King Institute of Preventive Medicine Micro-Biological Section reports 1912-19
Year: 1912
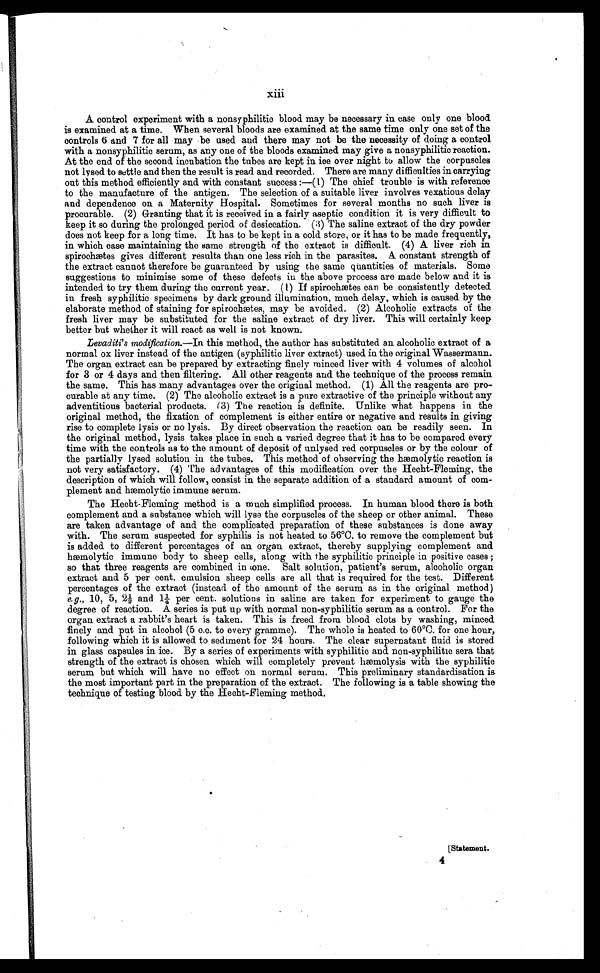
xiii
A control experiment with a nonsyphilitic blood may be necessary in case only one blood
is examined at a time. When several bloods are examined at the same time only one set of the
controls 6 and 7 for all may be used and there may not be the necessity of doing a control
with a nonsyphilitic serum, as any one of the bloods examined may give a nonsyphilitic reaction.
At the end of the second incubation the tubes are kept in ice over night to allow the corpuscles
not lysed to settle and then the result is read and recorded. There are many difficulties in carrying
out this method efficiently and with constant success:—(1) The chief trouble is with reference
to the manufacture of the antigen. The selection of a suitable liver involves vexatious delay
and dependence on a Maternity Hospital. Sometimes for several months no such liver is
procurable. (2) Granting that it is received in a fairly aseptic condition it is very difficult to
keep it so during the prolonged period of desiccation. (3) The saline extract of the dry powder
does not keep for a long time. It has to be kept in a cold store, or it has to be made frequently,
in which case maintaining the same strength of the extract is difficult. (4) A liver rich in
spirochætes gives different results than one less rich in the parasites. A constant strength of
the extract cannot therefore be guaranteed by using the same quantities of materials. Some
suggestions to minimise some of these defects in the above process are made below and it is
intended to try them during the current year. (1) If spirochætes can be consistently detected
in fresh syphilitic specimens by dark ground illumination, much delay, which is caused by the
elaborate method of staining for spirochætes, may be avoided. (2) Alcoholic extracts of the
fresh liver may be substituted for the saline extract of dry liver. This will certainly keep
better but whether it will react as well is not known.
Levaditi's modification.—In this method, the author has substituted an alcoholic extract of a
normal ox liver instead of the antigen (syphilitic liver extract) used in the original Wassermann.
The organ extract can be prepared by extracting finely minced liver with 4 volumes of alcohol
for 3 or 4 days and then filtering. All other reagents and the technique of the process remain
the same. This has many advantages over the original method. (1) All the reagents are pro-
curable at any time. (2) The alcoholic extract is a pure extractive of the principle without any
adventitious bacterial products. (3) The reaction is definite. Unlike what happens in the
original method, the fixation of complement is either entire or negative and results in giving
rise to complete lysis or no lysis. By direct observation the reaction can be readily seen. In
the original method, lysis takes place in such a varied degree that it has to be compared every
time with the controls as to the amount of deposit of unlysed red corpuscles or by the colour of
the partially lysed solution in the tubes. This method of observing the hæmolytic reaction is
not very satisfactory. (4) The advantages of this modification over the Hecht-Fleming, the
description of which will follow, consist in the separate addition of a standard amount of com-
plement and hæmolytic immune serum.
The Hecht-Fleming method is a much simplified process. In human blood there is both
complement and a substance which will lyse the corpuscles of the sheep or other animal. These
are taken advantage of and the complicated preparation of these substances is done away
with. The serum suspected for syphilis is not heated to 56°C. to remove the complement but
is added to different percentages of an organ extract, thereby supplying complement and
hæmolytic immune body to sheep cells, along with the syphilitic principle in positive cases;
so that three reagents are combined in one. Salt solution, patient's serum, alcoholic organ
extract and 5 per cent. emulsion sheep cells are all that is required for the test. Different
percentages of the extract (instead of the amount of the serum as in the original method)
e.g. , 10, 5, 2½ and 1¼ per cent. solutions in saline are taken for experiment to gauge the
degree of reaction. A series is put up with normal non-syphilitic serum as a control. For the
organ extract a rabbit's heart is taken. This is freed from blood clots by washing, minced
finely and put in alcohol (5 c.c. to every gramme). The whole is heated to 60°C. for one hour,
following which it is allowed to sediment for 24 hours. The clear supernatant fluid is stored
in glass capsules in ice. By a series of experiments with syphilitic and non-syphilitic sera that
strength of the extract is chosen which will completely prevent hæmolysis with the syphilitic
serum but which will have no effect on normal serum. This preliminary standardisation is
the most important part in the preparation of the extract. The following is a table showing the
technique of testing blood by the Hecht-Fleming method.